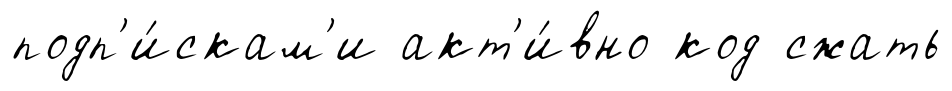
подп'и́скам'и акт'и́вно код сжать